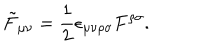
\tilde { F } _ { \mu \nu } = \frac { 1 } { 2 } \epsilon _ { \mu \nu \rho \sigma } F ^ { \rho \sigma } .